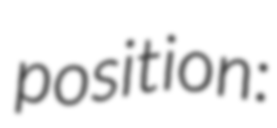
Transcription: position: